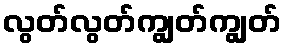
လွတ်လွတ်ကျွတ်ကျွတ်